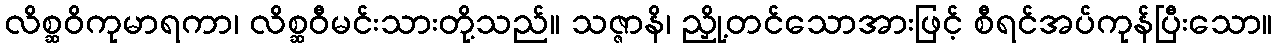
လိစ္ဆဝိကုမာရကာ၊ လိစ္ဆဝီမင်းသားတို့သည်။ သဇ္ဇာနိ၊ ညှို့တင်သောအားဖြင့် စီရင်အပ်ကုန်ပြီးသော။